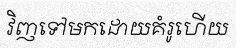
វិញទៅមកដោយគំរូហើយ